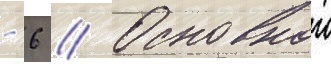
- 6 // Основнои